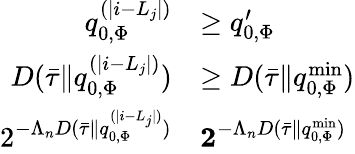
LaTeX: \begin{array}{rl}{q_{0,\Phi}^{(|i-L_{j}|)}}&{\ge q_{0,\Phi}^{\prime}}\\ {D(\bar{\tau}\| q_{0,\Phi}^{(|i-L_{j}|)})}&{\ge D(\bar{\tau}\| q_{0,\Phi}^{\mathrm{min}})}\\ {2^{-\Lambda_{n}D(\bar{\tau}\| q_{0,\Phi}^{(|i-L_{j}|)})}}&{\le 2^{-\Lambda_{n}D(\bar{\tau}\| q_{0,\Phi}^{\mathrm{min}})}}\end{array}